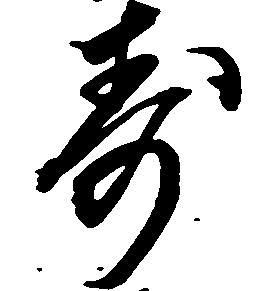
寿